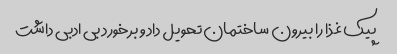
پیک غذا را بیرون ساختمان تحویل داد و برخورد بی ادبی داشت